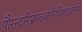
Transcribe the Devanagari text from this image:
पौरन्दरिप्रमदवारिधिवाडवाग्ने